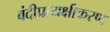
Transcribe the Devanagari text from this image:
बंदीप्रत्यक्षीकरण